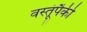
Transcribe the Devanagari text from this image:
वस्तूंपैकी